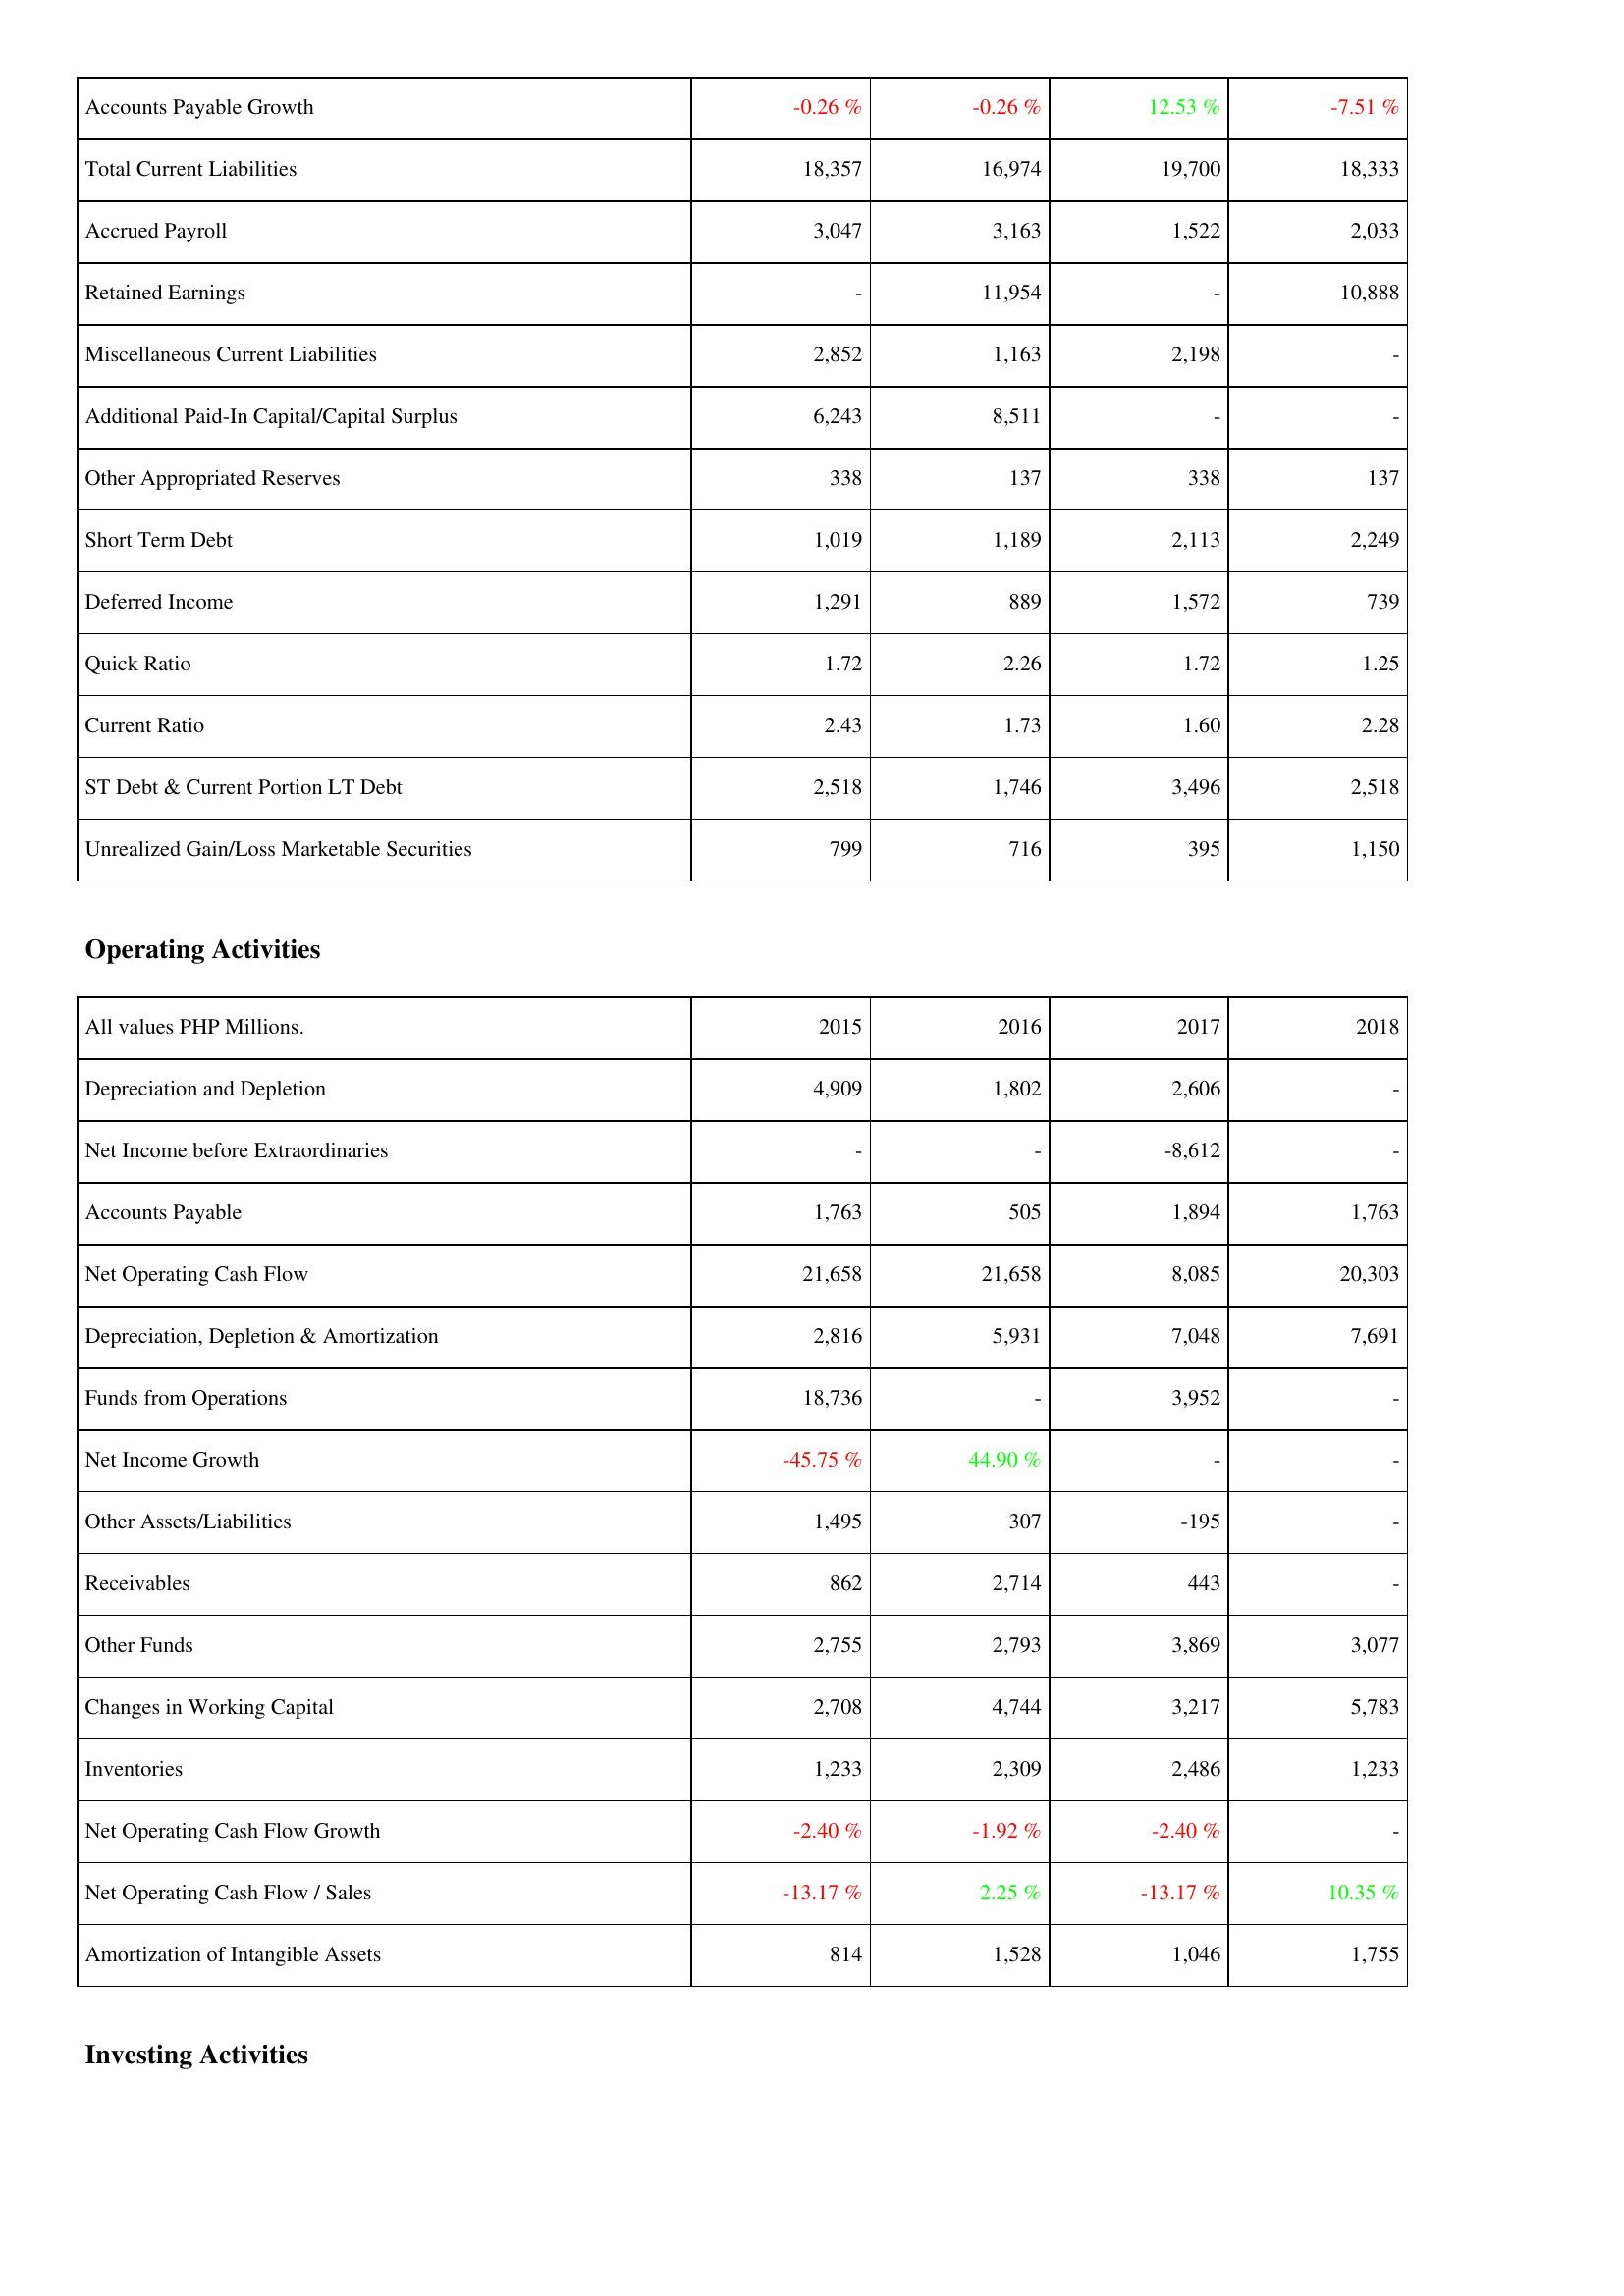
2015: Liabilities & Shareholders' Equity: Accounts Payable Growth: -0.26 %
Total Current Liabilities: 18,357
Accrued Payroll: 3,047
Retained Earnings: -
Miscellaneous Current Liabilities: 2,852
Additional Paid-In Capital/Capital Surplus: 6,243
Other Appropriated Reserves: 338
Short Term Debt: 1,019
Deferred Income: 1,291
Quick Ratio: 1.72
Current Ratio: 2.43
ST Debt & Current Portion LT Debt: 2,518
Unrealized Gain/Loss Marketable Securities: 799
Operating Activities: Depreciation and Depletion: 4,909
Net Income before Extraordinaries: -
Accounts Payable: 1,763
Net Operating Cash Flow: 21,658
Depreciation, Depletion & Amortization: 2,816
Funds from Operations: 18,736
Net Income Growth: -45.75 %
Other Assets/Liabilities: 1,495
Receivables: 862
Other Funds: 2,755
Changes in Working Capital: 2,708
Inventories: 1,233
Net Operating Cash Flow Growth: -2.40 %
Net Operating Cash Flow / Sales: -13.17 %
Amortization of Intangible Assets: 814
2016: Liabilities & Shareholders' Equity: Accounts Payable Growth: -0.26 %
Total Current Liabilities: 16,974
Accrued Payroll: 3,163
Retained Earnings: 11,954
Miscellaneous Current Liabilities: 1,163
Additional Paid-In Capital/Capital Surplus: 8,511
Other Appropriated Reserves: 137
Short Term Debt: 1,189
Deferred Income: 889
Quick Ratio: 2.26
Current Ratio: 1.73
ST Debt & Current Portion LT Debt: 1,746
Unrealized Gain/Loss Marketable Securities: 716
Operating Activities: Depreciation and Depletion: 1,802
Net Income before Extraordinaries: -
Accounts Payable: 505
Net Operating Cash Flow: 21,658
Depreciation, Depletion & Amortization: 5,931
Funds from Operations: -
Net Income Growth: 44.90 %
Other Assets/Liabilities: 307
Receivables: 2,714
Other Funds: 2,793
Changes in Working Capital: 4,744
Inventories: 2,309
Net Operating Cash Flow Growth: -1.92 %
Net Operating Cash Flow / Sales: 2.25 %
Amortization of Intangible Assets: 1,528
2017: Liabilities & Shareholders' Equity: Accounts Payable Growth: 12.53 %
Total Current Liabilities: 19,700
Accrued Payroll: 1,522
Retained Earnings: -
Miscellaneous Current Liabilities: 2,198
Additional Paid-In Capital/Capital Surplus: -
Other Appropriated Reserves: 338
Short Term Debt: 2,113
Deferred Income: 1,572
Quick Ratio: 1.72
Current Ratio: 1.60
ST Debt & Current Portion LT Debt: 3,496
Unrealized Gain/Loss Marketable Securities: 395
Operating Activities: Depreciation and Depletion: 2,606
Net Income before Extraordinaries: -8,612
Accounts Payable: 1,894
Net Operating Cash Flow: 8,085
Depreciation, Depletion & Amortization: 7,048
Funds from Operations: 3,952
Net Income Growth: -
Other Assets/Liabilities: -195
Receivables: 443
Other Funds: 3,869
Changes in Working Capital: 3,217
Inventories: 2,486
Net Operating Cash Flow Growth: -2.40 %
Net Operating Cash Flow / Sales: -13.17 %
Amortization of Intangible Assets: 1,046
2018: Liabilities & Shareholders' Equity: Accounts Payable Growth: -7.51 %
Total Current Liabilities: 18,333
Accrued Payroll: 2,033
Retained Earnings: 10,888
Miscellaneous Current Liabilities: -
Additional Paid-In Capital/Capital Surplus: -
Other Appropriated Reserves: 137
Short Term Debt: 2,249
Deferred Income: 739
Quick Ratio: 1.25
Current Ratio: 2.28
ST Debt & Current Portion LT Debt: 2,518
Unrealized Gain/Loss Marketable Securities: 1,150
Operating Activities: Depreciation and Depletion: -
Net Income before Extraordinaries: -
Accounts Payable: 1,763
Net Operating Cash Flow: 20,303
Depreciation, Depletion & Amortization: 7,691
Funds from Operations: -
Net Income Growth: -
Other Assets/Liabilities: -
Receivables: -
Other Funds: 3,077
Changes in Working Capital: 5,783
Inventories: 1,233
Net Operating Cash Flow Growth: -
Net Operating Cash Flow / Sales: 10.35 %
Amortization of Intangible Assets: 1,755